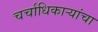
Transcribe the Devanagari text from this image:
चर्चाधिकार्‍यांचा